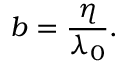
b = \frac { \eta } { \lambda _ { 0 } } .